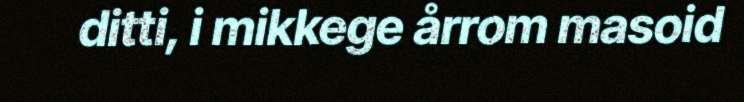
ditti, i mikkege årrom masoid